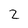
Character: 2